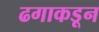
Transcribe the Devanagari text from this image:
ढगाकडून